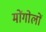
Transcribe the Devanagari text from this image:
मोंगोलों